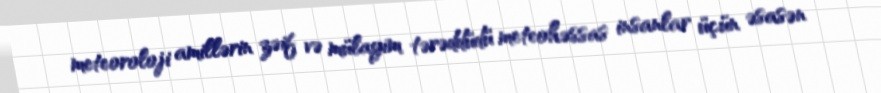
meteoroloji amillərin zəif və mülayim tərəddüdü meteohəssas insanlar üçün əsasən